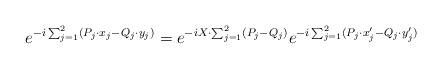
LaTeX: \begin{align*}e^{- i \sum_{j = 1}^2 (P_j \cdot x_j - Q_j \cdot y_j)} = e^{- i X \cdot \sum_{j = 1}^2 (P_j - Q_j)} e^{- i \sum_{j = 1}^2 (P_j \cdot x_j' - Q_j \cdot y_j')}\end{align*}